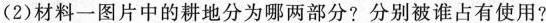
(2)材料一图片中的耕地分为哪两部分?分别被谁占有使用?